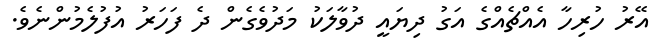
އޭރު ހުރިހާ އެއްޗެއްގެ އަގު ދިޔައީ ދުވާލަކު މަދުވެގެން ދެ ފަހަރު އުފުލެމުންނެވެ.